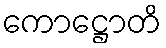
ကောဋ္ဌောတိ